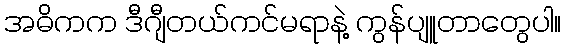
အဓိကက ဒီဂျီတယ်ကင်မရာနဲ့ ကွန်ပျူတာတွေပါ။